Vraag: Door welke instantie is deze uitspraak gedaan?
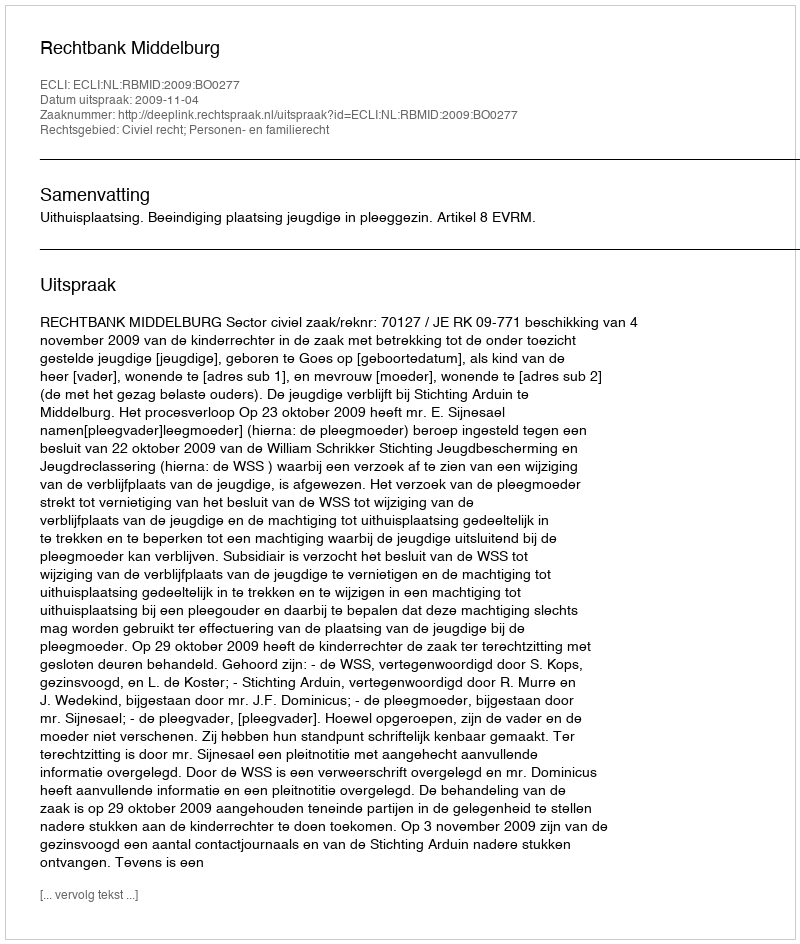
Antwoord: Rechtbank Middelburg